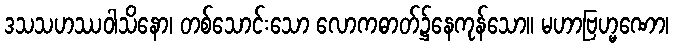
ဒသသဟဿဝါသိနော၊ တစ်သောင်းသော လောကဓာတ်၌နေကုန်သော။ မဟာဗြဟ္မဏော၊